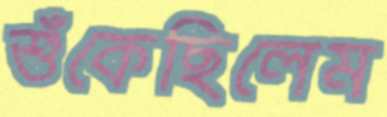
শুঁকেছিলেম